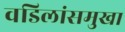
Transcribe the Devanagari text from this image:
वडिलांसमुखा